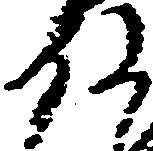
殿